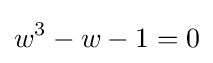
w^{3}-w-1=0